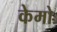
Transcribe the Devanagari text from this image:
केमो